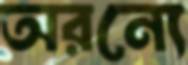
অরন্যে